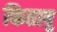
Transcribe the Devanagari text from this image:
किताबु